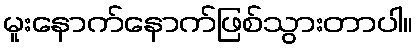
မူးနောက်နောက်ဖြစ်သွားတာပါ။